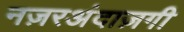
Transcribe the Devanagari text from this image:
नज़रअंदाज़गी